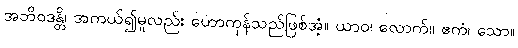
အဘိဝဒန္တိ၊ အကယ်၍မူလည်း ဟောကုန်သည်ဖြစ်အံ့။ ယာဝ၊ လောက်။ ဧကံ၊ သော။